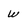
Character: w